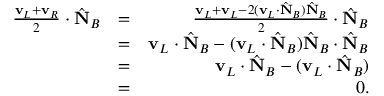
\begin{array} { r l r } { \frac { { \bf v } _ { L } + { \bf v } _ { R } } { 2 } \cdot \hat { \bf N } _ { B } } & { = } & { \frac { { \bf v } _ { L } + { \bf v } _ { L } - 2 ( { \bf v } _ { L } \cdot \hat { \bf N } _ { B } ) \hat { \bf N } _ { B } } { 2 } \cdot \hat { \bf N } _ { B } } \\ & { = } & { { \bf v } _ { L } \cdot \hat { \bf N } _ { B } - ( { \bf v } _ { L } \cdot \hat { \bf N } _ { B } ) \hat { \bf N } _ { B } \cdot \hat { \bf N } _ { B } } \\ & { = } & { { \bf v } _ { L } \cdot \hat { \bf N } _ { B } - ( { \bf v } _ { L } \cdot \hat { \bf N } _ { B } ) } \\ & { = } & { 0 . } \end{array}